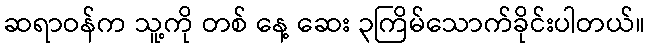
ဆရာဝန်က သူ့ကို တစ် နေ့ ဆေး ၃ကြိမ်သောက်ခိုင်းပါတယ်။